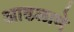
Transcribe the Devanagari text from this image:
आढळाणे